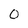
Character: 0